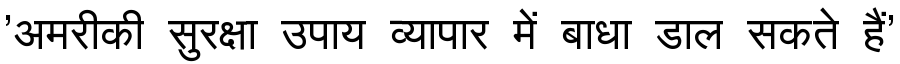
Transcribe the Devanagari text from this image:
'अमरीकी सुरक्षा उपाय व्यापार में बाधा डाल सकते हैं'